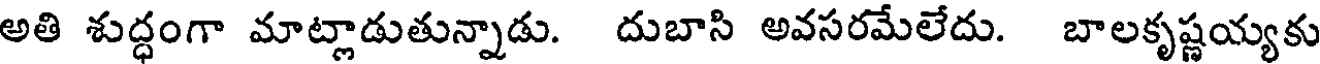
అతి శుద్ధంగా మాట్లాడుతున్నాడు. దుబాసి అవసరమేలేదు. బాలకృష్ణయ్యకు